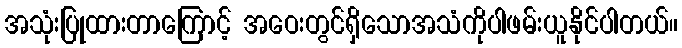
အသုံးပြုထားတာကြောင့် အဝေးတွင်ရှိသောအသံကိုပါဖမ်းယူနိုင်ပါတယ်။